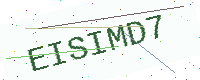
Text: EISIMD7